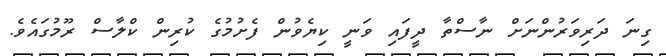
ގިނަ ދަރިވަރުންނަށް ނާސްތާ ދީފައި ވަނީ ކިޔެވުން ފެށުމުގެ ކުރިން ކްލާސް ރޫމުގައެވެ.